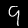
Digit: 9